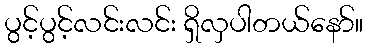
ပွင့်ပွင့်လင်းလင်း ရှိလှပါတယ်နော်။